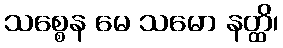
သစ္စေန မေ သမော နတ္ထိ၊